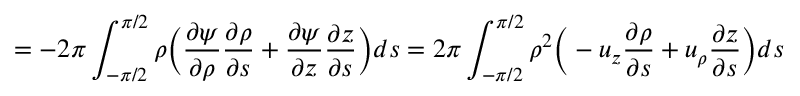
= - 2 \pi \int _ { - \pi / 2 } ^ { \pi / 2 } \rho \Big ( \frac { \partial \psi } { \partial \rho } \frac { \partial \rho } { \partial s } + \frac { \partial \psi } { \partial z } \frac { \partial z } { \partial s } \Big ) d s = 2 \pi \int _ { - \pi / 2 } ^ { \pi / 2 } \rho ^ { 2 } \Big ( - u _ { z } \frac { \partial \rho } { \partial s } + u _ { \rho } \frac { \partial z } { \partial s } \Big ) d s